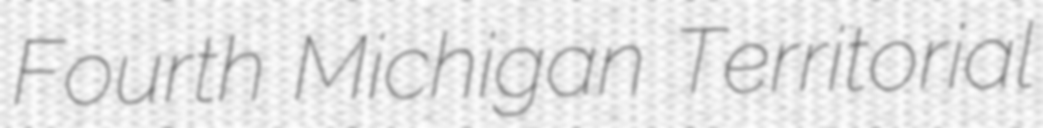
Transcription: Fourth Michigan Territorial